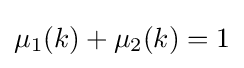
\mu _{1}(k)+\mu _{2}(k)=1